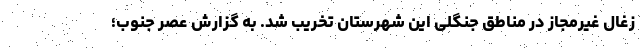
زغال غیرمجاز در مناطق جنگلی این شهرستان تخریب شد. به گزارش عصر جنوب؛